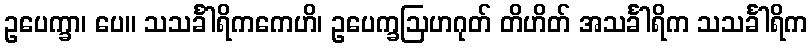
ဥပေက္ခာ၊ ပေ။ သသင်္ခါရိကကေဟိ၊ ဥပေက္ခဩဟဂုတ် တိဟိတ် အသင်္ခါရိက သသင်္ခါရိက